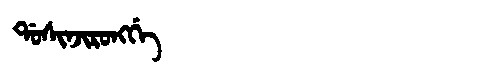
Manchu: ᡩᠣᠰᡳᠨᠵᡳᡵᠣᠩᡤᡝ
Romanization: DOSINJIRONGGE